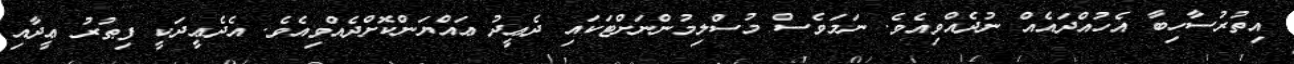
އިތުރުސާހިބާ އެހުއްދައެއް ނުދެއްވިއެވެ. ނަމަވެސް މުސްލިމުންނަށްޓަކައި ދެޢީދު ޢައްޔަންކޮށްދެއްވިއެވެ. އެދެޢީދަކީ ފިޠުރު ޢީދާއި